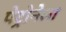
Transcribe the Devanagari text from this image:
पेट्रोनेला